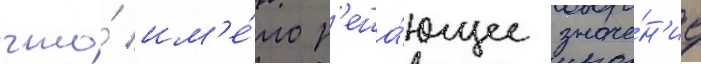
что́ им'е́ло р'еша́ющее значе́н'ие